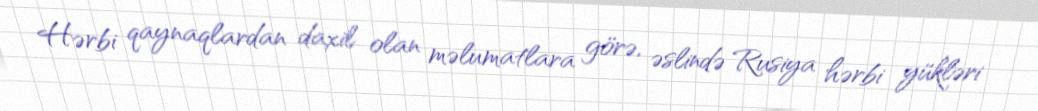
Hərbi qaynaqlardan daxil olan məlumatlara görə, əslində Rusiya hərbi yükləri